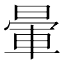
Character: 暈